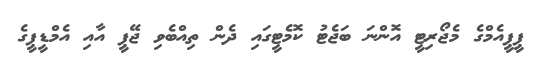
ޕީޕީއެމްގެ މެޖޯރިޓީ އޮންނަ ބަޖެޓު ކޮމެޓީގައި ދެން ތިއްބެވި ޖޭޕީ އާއި އެމްޑީޕީގެ